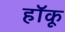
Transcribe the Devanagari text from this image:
हॉकू